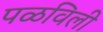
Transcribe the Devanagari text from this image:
पळविली